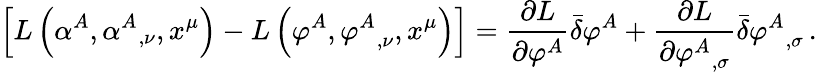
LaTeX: \left[L\left(\alpha^{A},{\alpha^{A}}_{,\nu},x^{\mu}\right)-L\left(\varphi^{A},{\varphi^{A}}_{,\nu},x^{\mu}\right)\right]={\frac{\partial L}{\partial\varphi^{A}}}{\bar{\delta}}\varphi^{A}+{\frac{\partial L}{\partial{\varphi^{A}}_{,\sigma}}}{\bar{\delta}}{\varphi^{A}}_{,\sigma}\, .